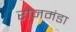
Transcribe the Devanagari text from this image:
रोजमंडा